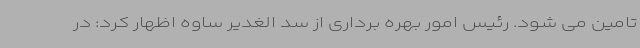
تامین می شود. رئیس امور بهره برداری از سد الغدیر ساوه اظهار کرد: در